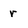
Character: r